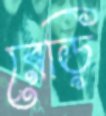
রেড়ি